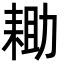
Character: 耡